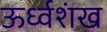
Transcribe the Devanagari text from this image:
ऊर्ध्वशंख